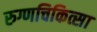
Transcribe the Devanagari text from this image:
रुग्णचिकित्सा